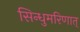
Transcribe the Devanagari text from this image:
सिन्धुमरिणात्